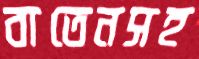
বাতেনসহ